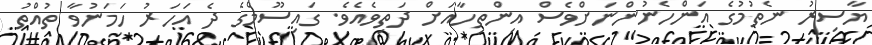
ޔާސިރު ނެތުމުގެ އަންހެނުންނަށްވެސް އިންތިހާއަށް ދަތިވެއެވެ. ގައިސޫމްގެ ދެ އަހަރު ހަމަނުވާ ތުއްތު